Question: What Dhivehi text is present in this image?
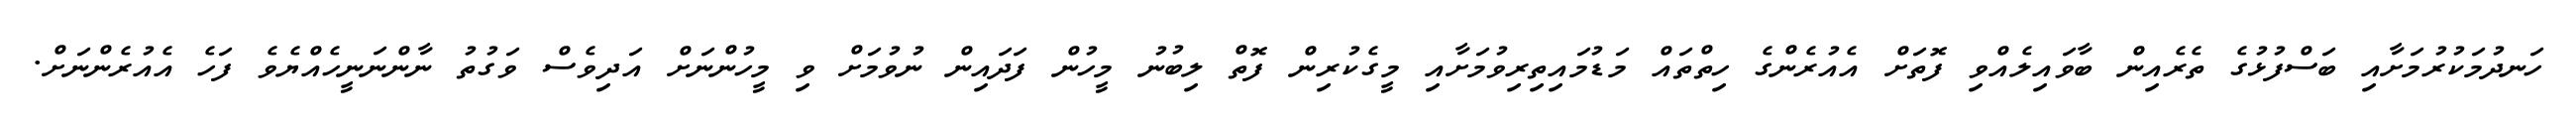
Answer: ހަނދުމަކުރުމަށާއި ބަސްފުޅުގެ ތެރެއިން ބާވައިލެއްވި ފޮތަށް އެއުރެންގެ ހިތްތައް މަޑުމައިތިރިވުމަށާއި މީގެކުރިން ފޮތް ލިބުނު މީހުން ފަދައިން ނުވުމަށް ވި މީހުންނަށް އަދިވެސް ވަގުތު ނާންނަނީހެއްޔެވެ ފަހެ އެއުރެންނަށް.